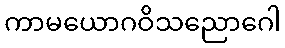
ကာမယောဂဝိသညောဂေါ